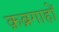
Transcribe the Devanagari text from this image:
क़ब्रगाहों